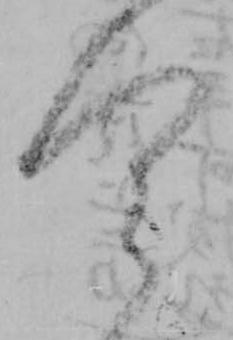
今